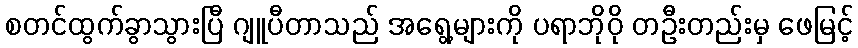
စတင်ထွက်ခွာသွားပြီ ဂျူပီတာသည် အရွေ့များကို ပရာဘိုဝို တဦးတည်းမှ ဖေမြင့်